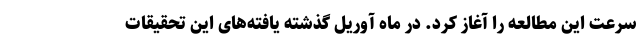
سرعت این مطالعه را آغاز کرد. در ماه آوریل گذشته یافته‌های این تحقیقات